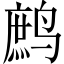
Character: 鹧